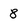
Character: 8